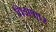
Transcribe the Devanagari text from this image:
विझणार